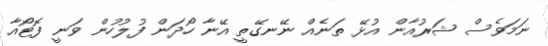
ނަމަވެސް ޝަރުއާން އުޅޭ ތަނެއް ނޭނގޭތީ އޭނާ ހޯދަން ފުލުހުން ވަނީ ފޮޓޯއާ